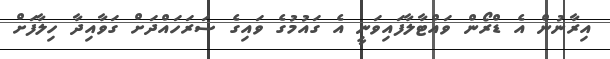
އިރާނުން އެ ޑްރޯން ވައްޓާލާފައިވަނީ އެ ގައުމުގެ ވައިގެ ސަރަހައްދަށް ގަވާއިދާ ހިލާފަށް